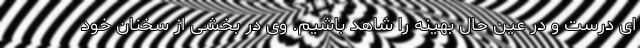
ای درست و در عین حال بهینه را شاهد باشیم. وی در بخشی از سخنان خود